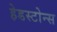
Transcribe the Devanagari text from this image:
हेडस्टोन्स